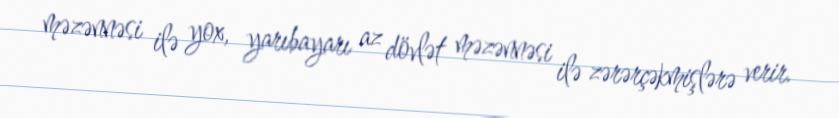
məzənnəsi ilə yox, yarıbayarı az dövlət məzənnəsi ilə zərərçəkmişlərə verir.